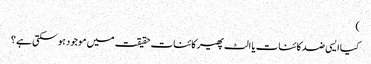
)
کیا ایسی ضد کائنات یا الٹ پھیر کائنات حقیقت میں موجود ہو سکتی ہے ؟